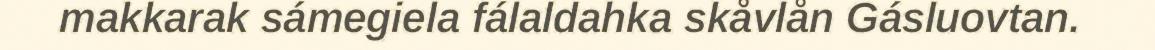
makkarak sámegiela fálaldahka skåvlån Gásluovtan.